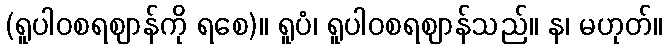
(ရူပါဝစရဈာန်ကို ရစေ)။ ရူပံ၊ ရူပါဝစရဈာန်သည်။ န၊ မဟုတ်။